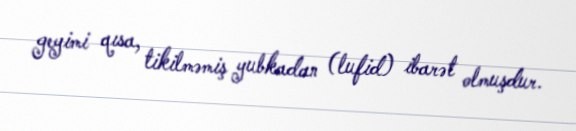
geyimi qısa, tikilməmiş yubkadan (lufid) ibarət olmuşdur.